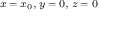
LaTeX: \scriptstyle x \; = \; x _ { 0 } , \; y \; = \; 0 , \; z \; = \; 0